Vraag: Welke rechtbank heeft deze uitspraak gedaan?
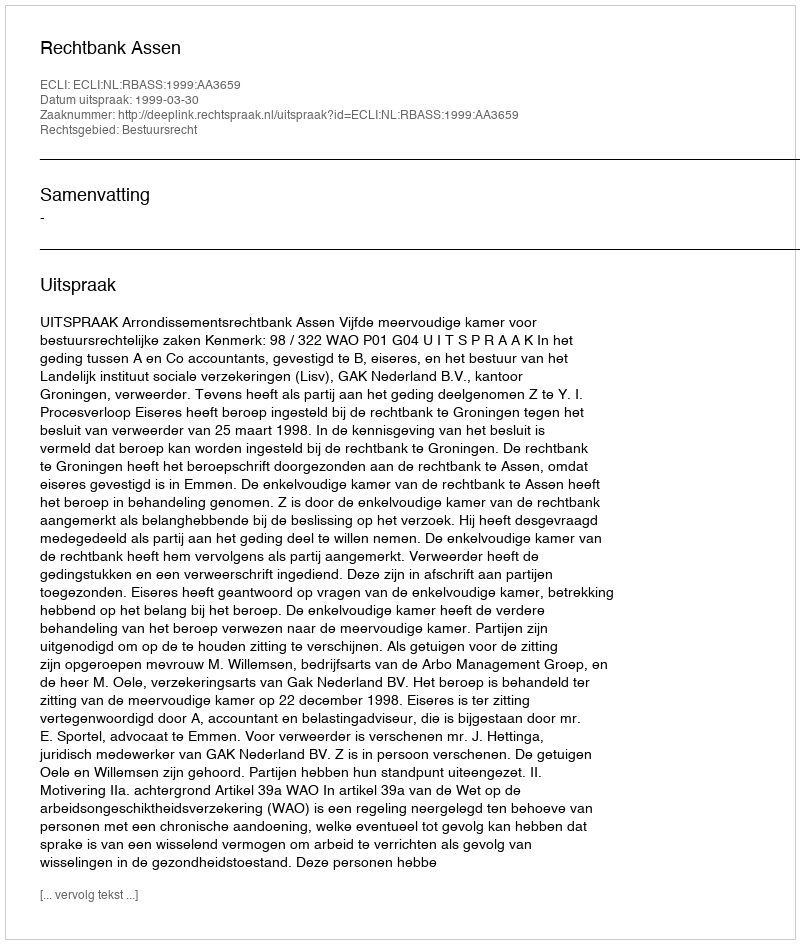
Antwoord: Rechtbank Assen